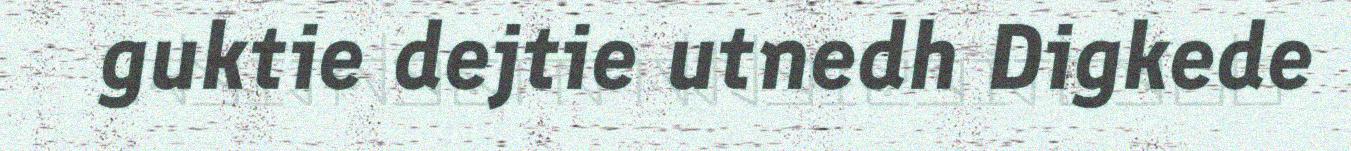
guktie dejtie utnedh Digkede